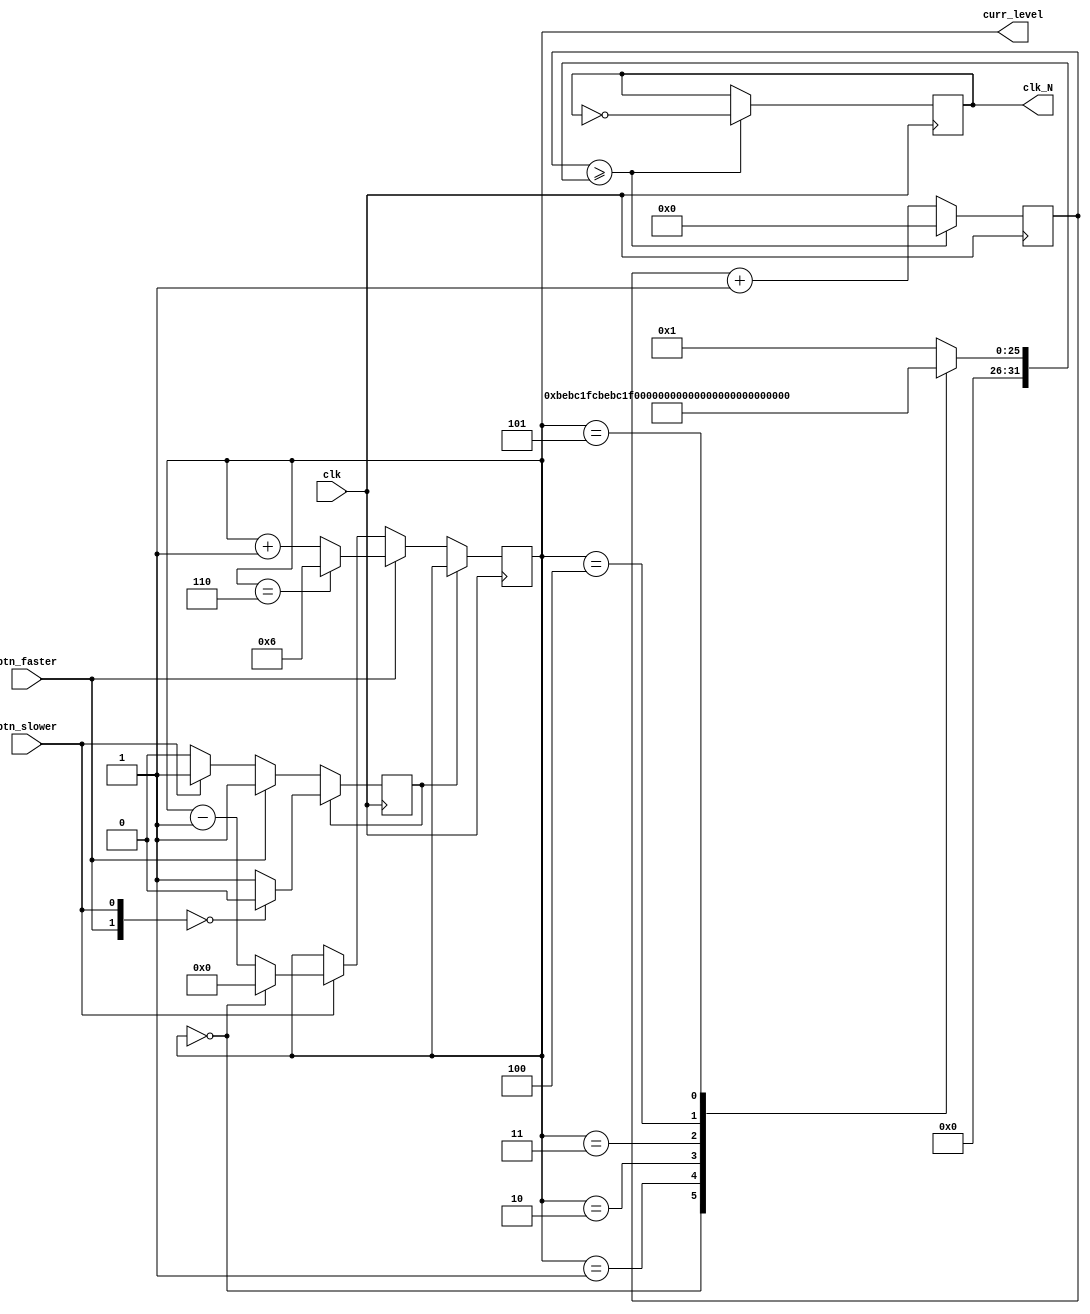
`timescale 1ns / 1ps
//////////////////////////////////////////////////////////////////////////////////
// Version:     2.20 19:31
// Reviewer:
// Review Date:
//////////////////////////////////////////////////////////////////////////////////


module ClkSpeedSwitcher
#(
    parameter   LEVEL_1_INDEX   = 49_999_999,   // 1 Hz
    parameter   LEVEL_2_INDEX   = 12_499_999,   // 4 Hz
    parameter   LEVEL_3_INDEX   =  3_124_999,   // 16 Hz
    parameter   LEVEL_4_INDEX   =  1_562_499,   // 32 Hz
    parameter   LEVEL_5_INDEX   =    781_249,   // 64 Hz
    parameter   LEVEL_6_INDEX   =    390_624,   // 128 Hz
    parameter   LEVEL_TOP_INDEX = 1             // 0 seems to be unstable
) (
    input   wire            clk,        // fastest system clock available
    input   wire            btn_faster, // buttons for going faster / slower
    input   wire            btn_slower,
    output  reg             clk_N,      // divided clock
    // debug outputs
    output  reg     [3:0]   curr_level
);

initial curr_level = 0;
initial clk_N = 0;

// level config parameter syncing
reg     [31:0]  counter_max;
initial counter_max = 0;    // simulation hint
always @ * begin
    case (curr_level)
        0:  counter_max <= LEVEL_1_INDEX;
        1:  counter_max <= LEVEL_2_INDEX;
        2:  counter_max <= LEVEL_3_INDEX;
        3:  counter_max <= LEVEL_4_INDEX;
        4:  counter_max <= LEVEL_5_INDEX;
        5:  counter_max <= LEVEL_6_INDEX;
        default: counter_max <= LEVEL_TOP_INDEX;
    endcase
end

// level switcher
reg     pressed;
initial pressed = 0;
always @ (posedge clk) begin
    if (!pressed) begin
        if (btn_faster) begin
            curr_level <= ((curr_level == 6) ? 6 : (curr_level + 1));
            pressed <= 1;
        end else if (btn_slower) begin
            curr_level <= ((curr_level == 0) ? 0 : (curr_level - 1));
            pressed <= 1;
        end
    end else begin
        if ({btn_faster, btn_slower} == 2'b00) begin
            pressed <= 0;
        end
    end
end

// counter
reg     [31:0]  counter;    // simulation hint
initial counter = 0;
always @ (posedge clk) begin
    if (counter >= counter_max) begin
        counter <= 0;
        clk_N <= ~clk_N;
    end else begin
        counter = counter + 1;
    end
end

endmodule